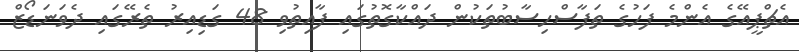
އެޗްޕީއޭގެ އެންމެ ފަހުގެ ތަފާސްހިސާބުތަކުން ދައްކާގޮތުގައި ފާއިތުވި 48 ގަޑިއިރު ތެރޭގައި ދެވަނަޑޯޒް